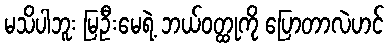
မသိပါဘူး မြဦးမေရဲ့ ဘယ်ဝတ္ထုကို ပြောတာလဲဟင်